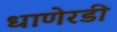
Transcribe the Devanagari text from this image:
धाणेरडी